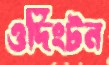
ওর্দিংটন